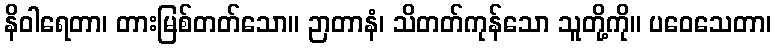
နိဝါရေတာ၊ တားမြစ်တတ်သော။ ဉာတာနံ၊ သိတတ်ကုန်သော သူတို့ကို။ ပဝေသေတာ၊